Indian journal of veterinary science and animal husbandry - Volume 13,
Year: 1943
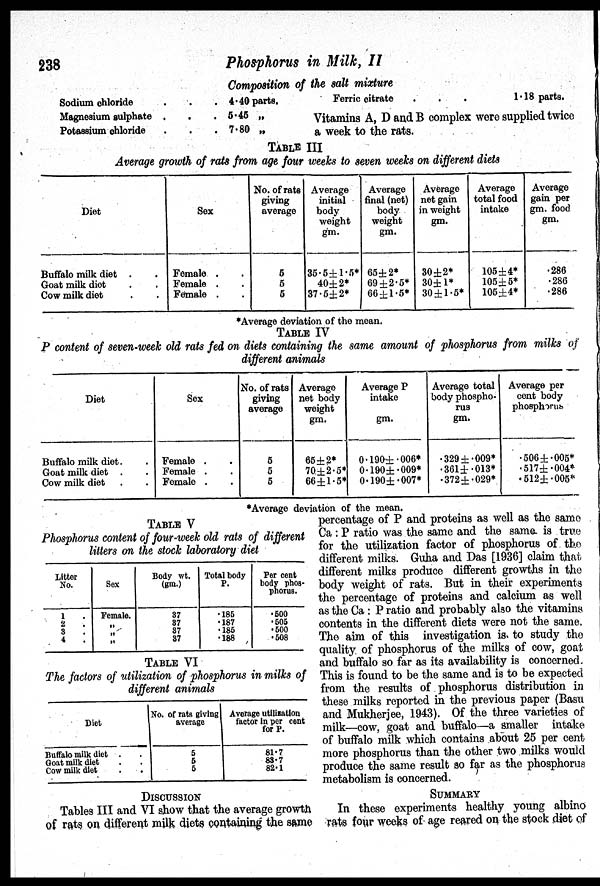
238
Phosphorus in Milk, II
Composition of the salt mixture
Sodium chloride . . .
Magnesium sulphate . . .
Potassium chloride . . .
4.40 parts.
5.45 „
7.80 „
Ferric citrate . . .
1.18 parts.
Vitamins A, D and B complex were supplied twice
a week to the rats.
TABLE III
Average growth of rats from age four weeks to seven weeks on different diets
Diet
Buffalo milk diet . .
Goat milk diet . .
Cow milk diet . .
Sex
Female . .
Female . .
Female . .
No. of rats
giving
average
5
5
5
Average
initial
body
weight
gm.
35.5±1.5*
40±2*
37.5±2*
Average
final (net)
body
weight
gm.
65 ±2*
69±2.5*
66±l.5*
Average
net gain
in weight
gm.
30±2*
30±1*
30±1.5*
Average
total food
intake
105±4*
105±5*
105±4*
Average
gam per
gm. food
gm.
.286
.286
.286
*Average deviation of the mean.
TABLE IV
P content of seven-week old rats fed on diets containing the same amount of phosphorus from milks of
different animals
Diet
Buffalo milk diet. .
Goat milk diet . .
Cow milk diet . .
Sex
Female . .
Female . .
Female . .
No. of rats
giving
average
5
5
5
Average
net body
weight
gm.
65±2*
70±2.5*
66±1.5*
Average P
intake
gm.
0.190±.006*
0.190±.009*
0.190±.007*
Average total
body phospho-
rus
gm.
.329±.009*
.361±.013*
.372±.029*
Average per
cent body
phosphorus
.506 ±.005*
.517±.004*
.512±.005*
*Average deviation of the mean.
TABLE
V
Phosphorus content of four-week old rats of different
litters on the stock laboratory diet
Litter
No.
1 .
2 .
3 .
4 .
Sex
Female.
„
„
„
Body wt.
(gm.)
37
37
37
37
Total body
P.
.185
.187
.185
.188
Per cent
body phos-
phorus.
.500
.505
.500
.508
TABLE VI
The factors of utilization of phosphorus in milks of
different animals
Diet
Buffalo milk diet . .
Goat milk diet . .
Cow milk diet . .
No. of rats giving
average
5
5
5
Average utilization
factor in per cent
for P.
81.7
83.7
82.1
DISCUSSION
Tables III and VI show that the average growth
of rats on different milk diets containing the same
percentage of P and proteins as well as the same
Ca: P ratio was the same and the same is true
for the utilization factor of phosphorus of the
different milks. Guha and Das [1936] claim that
different milks produce different growths in the
body weight of rats. But in their experiments
the percentage of proteins and calcium as well
as the Ca : P ratio and probably also the vitamins
contents in the different diets were not the same.
The aim of this investigation is to study the
quality of phosphorus of the milks of cow, goat
and buffalo so far as its availability is concerned.
This is found to be the same and is to be expected
from the results of phosphorus distribution in
these milks reported in the previous paper (Basu
and Mukherjee, 1943). Of the three varieties of
milk—cow, goat and buffalo—a smaller intake
of buffalo milk which contains about 25 per cent
more phosphorus than the other two milks would
produce the same result so far as the phosphorus
metabolism is concerned.
SUMMARY
In these experiments healthy young albino
rats four weeks of age reared on the stock diet of